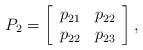
LaTeX: \begin{align*}P_{2}=\left[\begin{array}[c]{cc}p_{21} & p_{22}\\p_{22} & p_{23}\end{array}\right] ,\end{align*}